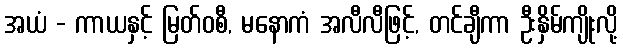
အယံ - ကာယနှင့် မြတ်ဝစီ, မနောကံ အလီလီဖြင့်, တင်ချီကာ ဦးနှိမ်ကျိုးလို့